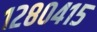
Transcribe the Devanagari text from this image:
१२८०४१५